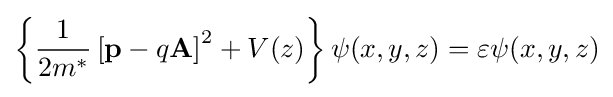
\left\{{\frac {1}{2m^{*}}}\left[\mathbf {p} -q\mathbf {A} \right]^{2}+V(z)\right\}\psi (x,y,z)=\varepsilon \psi (x,y,z)